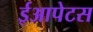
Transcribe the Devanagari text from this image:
ईआपेटस